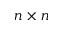
n \times n